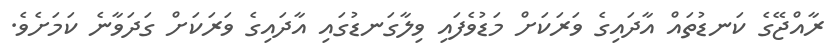
ރާއްޖޭގެ ކަނޑުތައް އާދައިގެ ވަރަކަށް މަޑުވެފައި ވިލާގަނޑުގައި އާދައިގެ ވަރަކަށް ގަދަވާނެ ކަމަށެވެ.